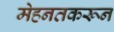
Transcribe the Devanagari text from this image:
मेहनतकरून